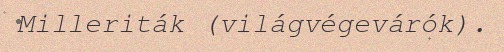
Milleriták (világvégevárók).